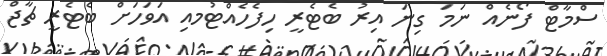
ސްމާޓް ފޯނެއް ނަމަ ގިނަ އިރު ބެޓެރީ ހިފެހެއްޓުމއި އަވަހަށް ބެޓެރީ ޗާޖް